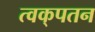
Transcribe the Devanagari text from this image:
त्वक्‌पतन